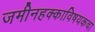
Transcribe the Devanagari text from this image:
जमीनहक्काविषयकचा